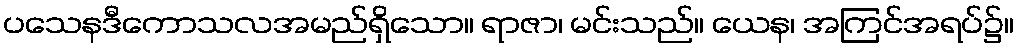
ပသေနဒီကောသလအမည်ရှိသော။ ရာဇာ၊ မင်းသည်။ ယေန၊ အကြင်အရပ်၌။